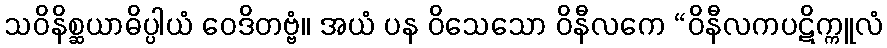
သဝိနိစ္ဆယာဓိပ္ပါယံ ဝေဒိတဗ္ဗံ။ အယံ ပန ဝိသေသော ဝိနီလကေ “ဝိနီလကပဋိက္ကူလံ